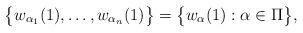
LaTeX: \begin{align*}\big\{w_{\alpha_1}(1), \dots, w_{\alpha_n}(1) \big\} = \big\{ w_\alpha(1) : \alpha \in \Pi \big\},\end{align*}